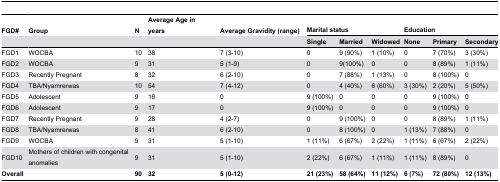
<table><thead><tr><td><b>FGD#</b></td><td><b>Group</b></td><td><b>N</b></td><td><b>Average Age in years</b></td><td><b>Average Gravidity (range)</b></td><td colspan="3"><b>Marital status</b></td><td colspan="3"><b>Education</b></td></tr><tr><td></td><td></td><td></td><td></td><td></td><td><b>Single</b></td><td><b>Married</b></td><td><b>Widowed</b></td><td><b>None</b></td><td><b>Primary</b></td><td><b>Secondary</b></td></tr></thead><tbody><tr><td>FGD1</td><td>WOCBA</td><td>10</td><td>38</td><td>7 (3-10)</td><td>0</td><td>9 (90%)</td><td>1 (10%)</td><td>0</td><td>7 (70%)</td><td>3 (30%)</td></tr><tr><td>FGD2</td><td>WOCBA</td><td>9</td><td>31</td><td>5 (1-9)</td><td>0</td><td>9(100%)</td><td>0</td><td>0</td><td>8 (89%)</td><td>1 (11%)</td></tr><tr><td>FGD3</td><td>Recently Pregnant</td><td>8</td><td>32</td><td>6 (2-10)</td><td>0</td><td>7 (88%)</td><td>1 (13%)</td><td>0</td><td>8 (100%)</td><td>0</td></tr><tr><td>FGD4</td><td>TBA/Nyamrerwas</td><td>10</td><td>54</td><td>7 (4-12)</td><td>0</td><td>4 (40%)</td><td>6 (60%)</td><td>3 (30%)</td><td>2 (20%)</td><td>5 (50%)</td></tr><tr><td>FGD5</td><td>Adolescent</td><td>9</td><td>16</td><td>0</td><td>9 (100%)</td><td>0</td><td>0</td><td>0</td><td>9 (100%)</td><td>0</td></tr><tr><td>FGD6</td><td>Adolescent</td><td>9</td><td>17</td><td>0</td><td>9 (100%)</td><td>0</td><td>0</td><td>0</td><td>9 (100%)</td><td>0</td></tr><tr><td>FGD7</td><td>Recently Pregnant</td><td>9</td><td>28</td><td>4 (2-7)</td><td>0</td><td>9 (100%)</td><td>0</td><td>0</td><td>8 (89%)</td><td>1 (11%)</td></tr><tr><td>FGD8</td><td>TBA/Nyamrerwas</td><td>8</td><td>41</td><td>6 (2-10)</td><td>0</td><td>8 (100%)</td><td>0</td><td>1 (13%)</td><td>7 (88%)</td><td>0</td></tr><tr><td>FGD9</td><td>WOCBA</td><td>9</td><td>31</td><td>5 (1-10)</td><td>1 (11%)</td><td>6 (67%)</td><td>2 (22%)</td><td>1 (11%)</td><td>6 (67%)</td><td>2 (22%)</td></tr><tr><td>FGD10</td><td>Mothers of children with congenital anomalies</td><td>9</td><td>31</td><td>5 (1-10)</td><td>2 (22%)</td><td>6 (67%)</td><td>1 (11%)</td><td>1 (11%)</td><td>8 (89%)</td><td>0</td></tr><tr><td colspan="2"><b>Overall</b></td><td><b>90</b></td><td><b>32</b></td><td><b>5 (0-12)</b></td><td><b>21 (23%)</b></td><td><b>58 (64%)</b></td><td><b>11 (12%)</b></td><td><b>6 (7%)</b></td><td><b>72 (80%)</b></td><td><b>12 (13%)</b></td></tr></tbody></table>